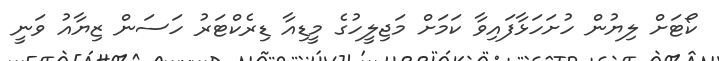
ކޯޓަށް ލިޔުން ހުށަހަޅާފައިވާ ކަމަށް މަޖިލީހުގެ މީޑިއާ ޑިރެކްޓަރު ހަސަން ޒިޔާއު ވަނީ